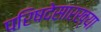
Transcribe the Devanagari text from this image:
परिषदेसारख्या